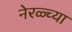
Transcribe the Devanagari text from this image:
नेरळ्च्या